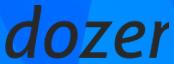
dozer